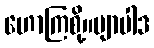
ဟောကြစို့။ဗျာပါဒ